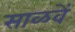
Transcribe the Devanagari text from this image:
साळवें